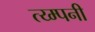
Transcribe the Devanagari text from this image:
त्य्म्पनी